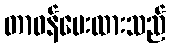
တာဝန်ပေးထားသည်